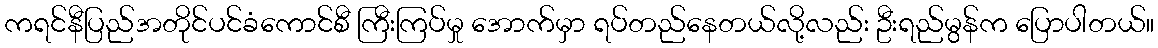
ကရင်နီပြည်အတိုင်ပင်ခံကောင်စီ ကြီးကြပ်မှု အောက်မှာ ရပ်တည်နေတယ်လို့လည်း ဦးရည်မွန်က ပြောပါတယ်။